Annual report of the Imperial Bacteriological Laboratory, Muktesar
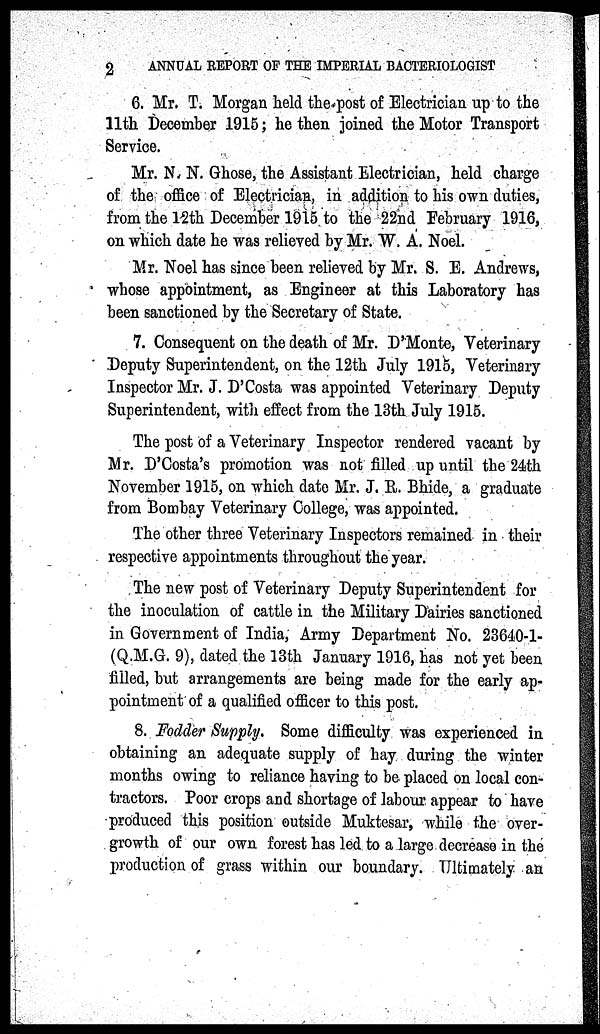
2
ANNUAL REPORT OF THE IMPERIAL BACTERIOLOGIST
6. Mr. T. Morgan held the post of Electrician up to the
11th December 1915 ; he then joined the Motor Transport
Service.
Mr. N. N. Ghose, the Assistant Electrician, held charge
of the office of Electrician, in addition to his own duties,
from the 12th December 1915 to the 22nd February 1916,
on which date he was relieved by Mr. W. A. Noel.
Mr. Noel has since been relieved by Mr. S. E. Andrews,
whose appointment, as Engineer at this Laboratory has
been sanctioned by the Secretary of State.
7. Consequent on the death of Mr. D'Monte, Veterinary
Deputy Superintendent, on the 12th July 1915, Veterinary
Inspector Mr. J. D'Costa was appointed Veterinary Deputy
Superintendent, with effect from the 13th July 1915.
The post of a Veterinary Inspector rendered vacant by
Mr. D'Costa's promotion was not filled up until the 24th
November 1915, on which date Mr. J. R. Bhide, a graduate
from Bombay Veterinary College, was appointed.
The other three Veterinary Inspectors remained in their
respective appointments throughout the year.
The new post of Veterinary Deputy Superintendent for
the inoculation of cattle in the Military Dairies sanctioned
in Government of India, Army Department No. 23640-1-
(Q.M.G. 9), dated the 13th January 1916, has not yet been
filled, but arrangements are being made for the early ap-
pointment of a qualified officer to this post.
8. Fodder Supply. Some difficulty was experienced in
obtaining an adequate supply of hay during the winter
months owing to reliance having to be placed on local con-
tractors. Poor crops and shortage of labour appear to have
produced this position outside Muktesar, while the over-
growth of our own forest has led to a large decrease in the
production of grass within our boundary. Ultimately an